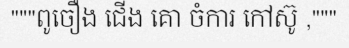
"""ពូចឿង ជើង គោ ចំការ កៅស៊ូ ,"""